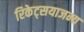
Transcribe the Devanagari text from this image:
रिकेट्सयाजन्य